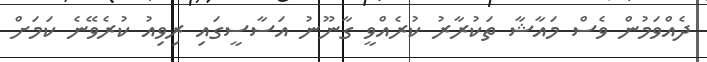
ދެއްވަމުން ވެސް މައާޝާ ތަކުރާރު ކުރެއްވީ ގާނޫނު އަސާސީގައި ރިވިއު ކުރެވޭނެ ކަމަށް